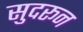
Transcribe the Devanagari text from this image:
सुदरून